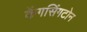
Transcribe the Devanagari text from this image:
केंगसिंगटोन